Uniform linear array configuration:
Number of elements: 16
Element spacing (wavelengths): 0.5
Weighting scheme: hann
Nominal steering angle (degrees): -45
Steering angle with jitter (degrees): -44.688
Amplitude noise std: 0.05
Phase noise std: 0.05

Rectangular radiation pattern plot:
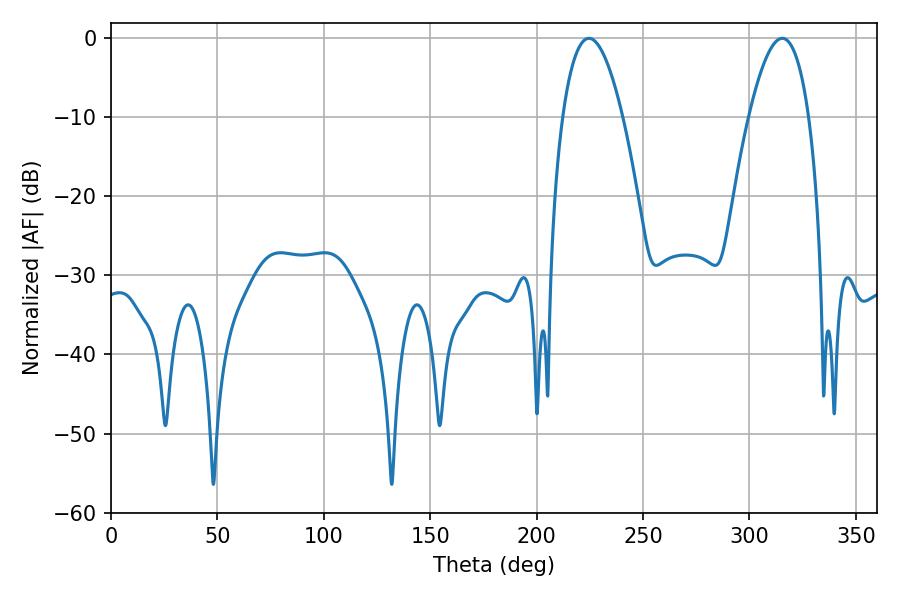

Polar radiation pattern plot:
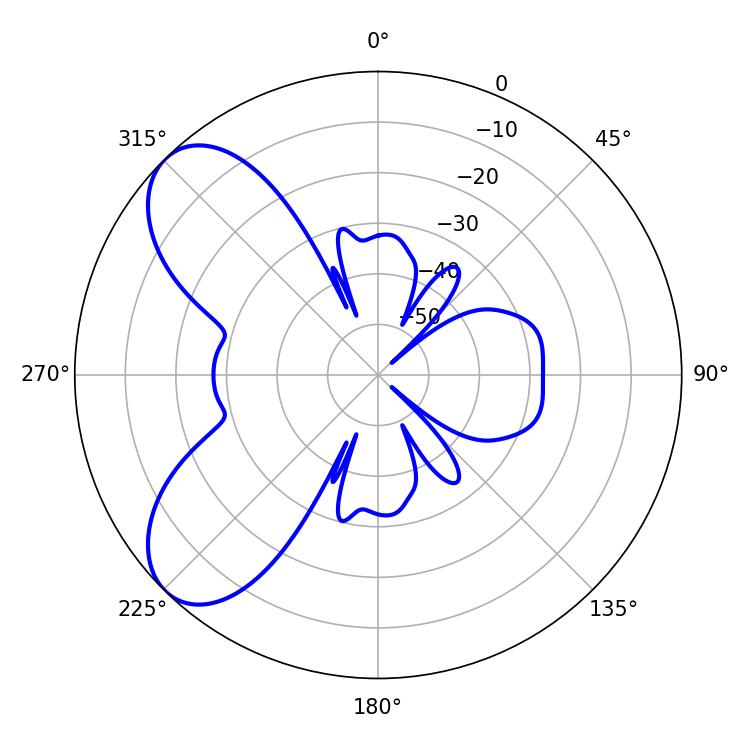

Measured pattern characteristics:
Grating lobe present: FALSE
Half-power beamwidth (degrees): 15.48
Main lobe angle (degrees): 224.64